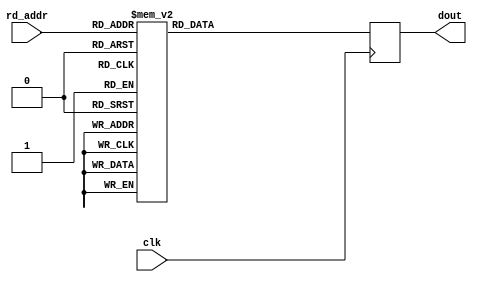
module floating_point_rom_accum_tlast (
    input clk,
    input [3:0] rd_addr,
    output reg dout
);

always @(posedge clk) begin: blk_rom_accum_tlast
    case(rd_addr)
    4'd0: dout <= 1'b0;
    4'd1: dout <= 1'b0;
    4'd2: dout <= 1'b0;
    4'd3: dout <= 1'b0;
    4'd4: dout <= 1'b0;
    4'd5: dout <= 1'b0;
    4'd6: dout <= 1'b0;
    4'd7: dout <= 1'b1;
    4'd8: dout <= 1'b0;
    4'd9: dout <= 1'b1;
    default: dout <= 1'b0;
    endcase
end

endmodule